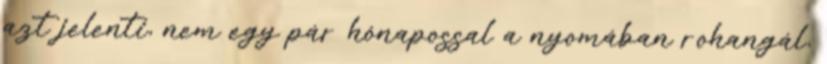
azt jelenti, nem egy pár hónapossal a nyomában rohangál,